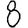
Digit: 8